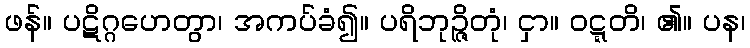
ဖန်။ ပဋိဂ္ဂဟေတွာ၊ အကပ်ခံ၍။ ပရိဘုဉ္ဇိတုံ၊ ငှာ။ ဝဋ္ဋတိ၊ ၏။ ပန၊